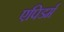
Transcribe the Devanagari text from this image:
एपिडर्म